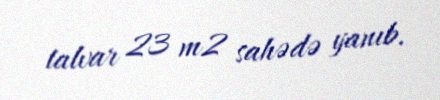
talvar 23 m2 sahədə yanıb.